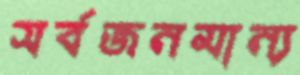
সর্বজনমান্য